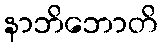
နာဘိဘောတိ